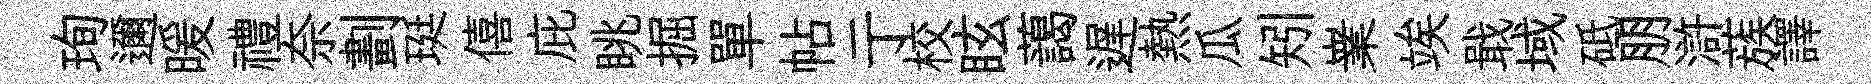
珣邇暖禮奈劃珽僖庇眺掘單帖亍校眩藹遅熱瓜矧嶪竢戢域砥朋滸蔟譯